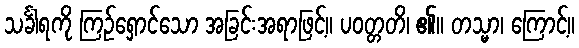
သင်္ခါရကို ကြဉ်ရှောင်သော အခြင်းအရာဖြင့်။ ပဝတ္တတိ၊ ၏။ တသ္မာ၊ ကြောင့်။